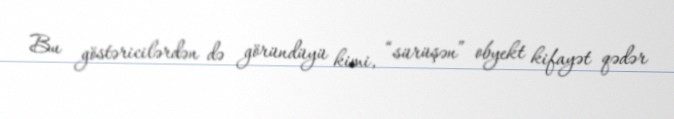
Bu göstəricilərdən də göründüyü kimi, “sürüşən” obyekt kifayət qədər